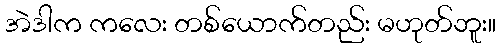
အဲဒါက ကလေး တစ်ယောက်တည်း မဟုတ်ဘူး။